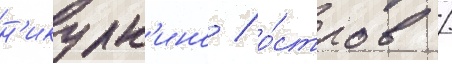
н'икулк'ино / о́стров /